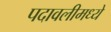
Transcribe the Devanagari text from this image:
पदावलीमध्ये